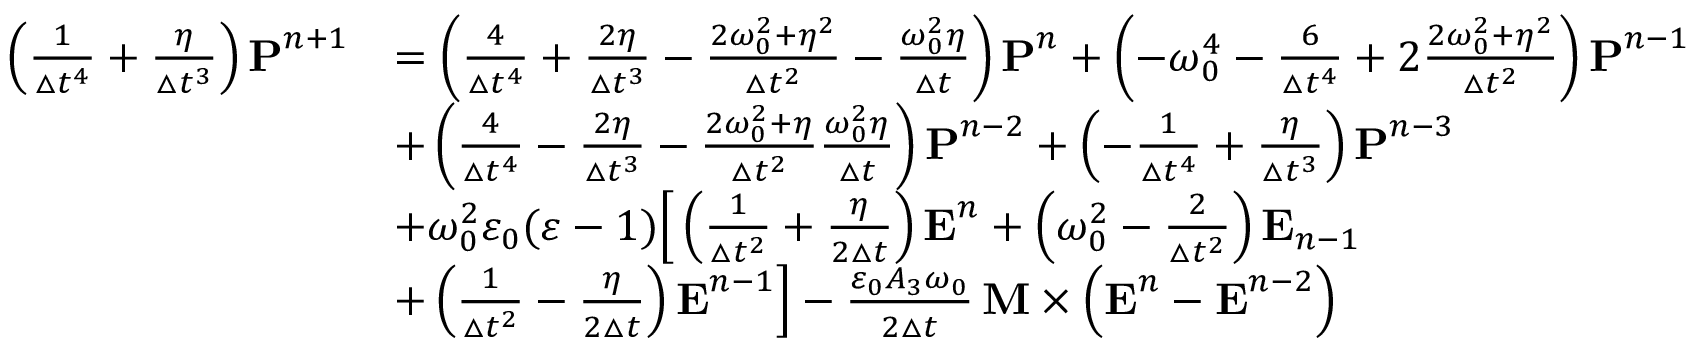
\begin{array} { r l } { \left( \frac { 1 } { \boldsymbol { \triangle } t ^ { 4 } } + \frac { \eta } { \boldsymbol { \triangle } t ^ { 3 } } \right) \boldsymbol { \mathbf { P } } ^ { n + 1 } } & { = \left( \frac { 4 } { \boldsymbol { \triangle } t ^ { 4 } } + \frac { 2 \eta } { \boldsymbol { \triangle } t ^ { 3 } } - \frac { 2 \omega _ { 0 } ^ { 2 } + \eta ^ { 2 } } { \boldsymbol { \triangle } t ^ { 2 } } - \frac { \omega _ { 0 } ^ { 2 } \eta } { \boldsymbol { \triangle } t } \right) \boldsymbol { \mathbf { P } } ^ { n } + \left( - \omega _ { 0 } ^ { 4 } - \frac { 6 } { \boldsymbol { \triangle } t ^ { 4 } } + 2 \frac { 2 \omega _ { 0 } ^ { 2 } + \eta ^ { 2 } } { \boldsymbol { \triangle } t ^ { 2 } } \right) \boldsymbol { \mathbf { P } } ^ { n - 1 } } \\ & { + \left( \frac { 4 } { \boldsymbol { \triangle } t ^ { 4 } } - \frac { 2 \eta } { \boldsymbol { \triangle } t ^ { 3 } } - \frac { 2 \omega _ { 0 } ^ { 2 } + \eta } { \boldsymbol { \triangle } t ^ { 2 } } \frac { \omega _ { 0 } ^ { 2 } \eta } { \boldsymbol { \triangle } t } \right) \boldsymbol { \mathbf { P } } ^ { n - 2 } + \left( - \frac { 1 } { \boldsymbol { \triangle } t ^ { 4 } } + \frac { \eta } { \boldsymbol { \triangle } t ^ { 3 } } \right) \boldsymbol { \mathbf { P } } ^ { n - 3 } } \\ & { + \omega _ { 0 } ^ { 2 } \varepsilon _ { 0 } ( \varepsilon - 1 ) \Big [ \left( \frac { 1 } { \boldsymbol { \triangle } t ^ { 2 } } + \frac { \eta } { 2 \boldsymbol { \triangle } t } \right) \boldsymbol { \mathbf { E } } ^ { n } + \left( \omega _ { 0 } ^ { 2 } - \frac { 2 } { \boldsymbol { \triangle } t ^ { 2 } } \right) \boldsymbol { \mathbf { E } } _ { n - 1 } } \\ & { + \left( \frac { 1 } { \boldsymbol { \triangle } t ^ { 2 } } - \frac { \eta } { 2 \boldsymbol { \triangle } t } \right) \boldsymbol { \mathbf { E } } ^ { n - 1 } \Big ] - \frac { \varepsilon _ { 0 } A _ { 3 } \omega _ { 0 } } { 2 \boldsymbol { \triangle } t } \, \boldsymbol { \boldsymbol { \mathbf { M } } } \times \left( \boldsymbol { \mathbf { E } } ^ { n } - \boldsymbol { \mathbf { E } } ^ { n - 2 } \right) } \end{array}